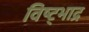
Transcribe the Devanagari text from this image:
विष्ट्भाद्र